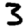
Digit: 3